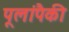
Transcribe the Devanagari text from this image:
पूलांपैकी